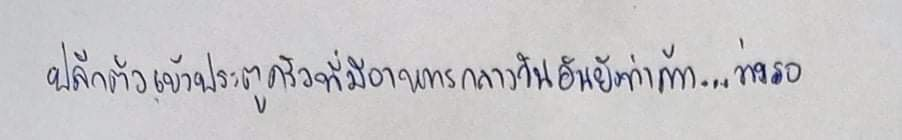
ปลีกตัวเข้าประตูครัวที่มีอาหารกลางวันอันยังทำค้าง...ว่างรอ